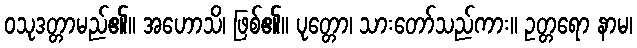
ဝသုဒတ္တာမည်၏။ အဟောသိ၊ ဖြစ်၏။ ပုတ္တော၊ သားတော်သည်ကား။ ဥတ္တရော နာမ၊